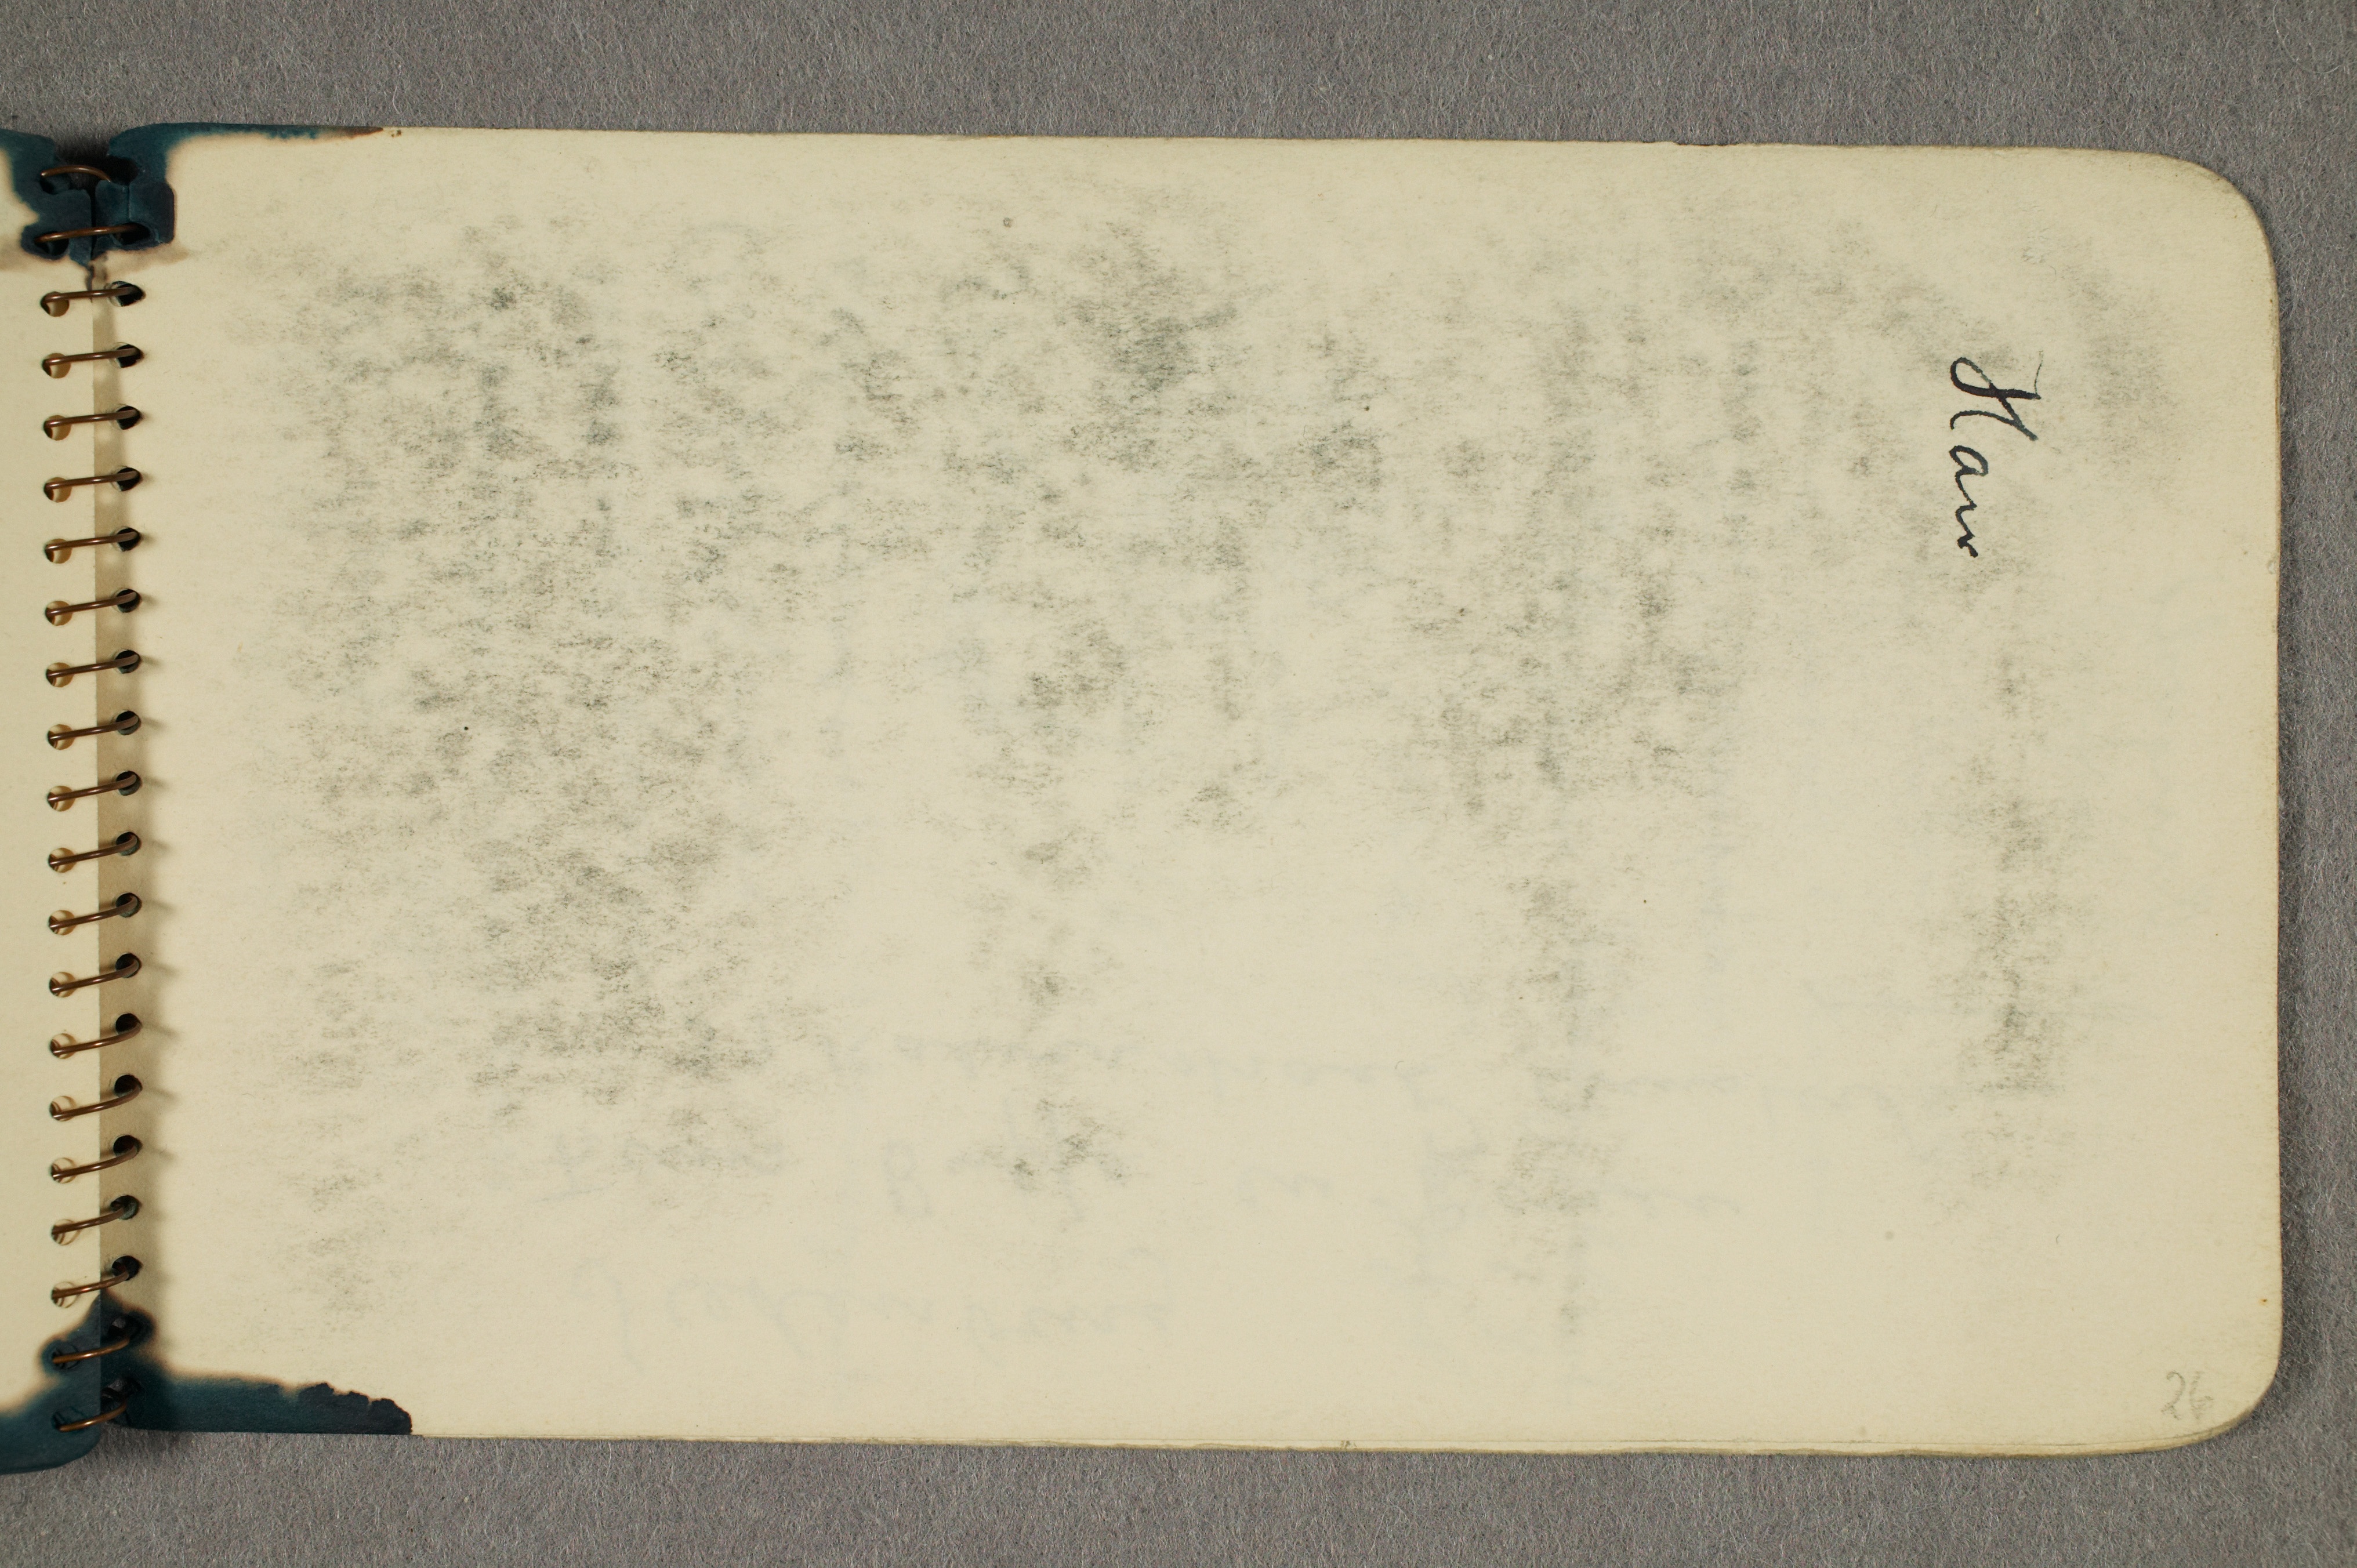
Hans